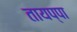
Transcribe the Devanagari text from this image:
तायप्पा